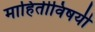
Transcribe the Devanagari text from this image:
माहितीविषयी